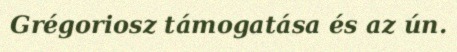
Grégoriosz támogatása és az ún.